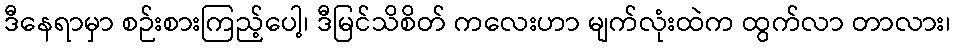
ဒီနေရာမှာ စဉ်းစားကြည့်ပေါ့၊ ဒီမြင်သိစိတ် ကလေးဟာ မျက်လုံးထဲက ထွက်လာ တာလား၊